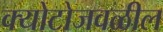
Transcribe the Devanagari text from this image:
क्योटोजवळील